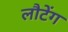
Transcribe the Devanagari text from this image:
लौटेंग